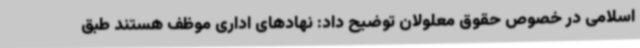
اسلامی در خصوص حقوق معلولان توضیح داد: نهادهای اداری موظف هستند طبق